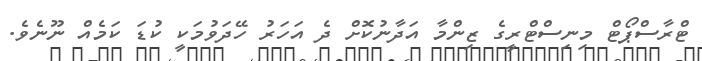
ޓްރާސްޕޯޓް މިނިސްޓްރީގެ ޒިންމާ އަދާނުކޮށް ދެ އަހަރު ހޭދަވުމަކީ ކުޑަ ކަމެެއް ނޫނެވެ.